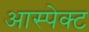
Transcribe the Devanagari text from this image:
आस्पेक्ट